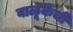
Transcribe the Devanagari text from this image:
वाळूकेची